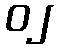
၀၂